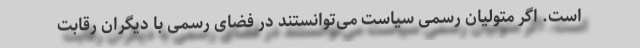
است. اگر متولیان رسمی سیاست می‌توانستند در فضای رسمی با دیگران رقابت